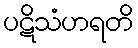
ပဋိသံဟရတိ